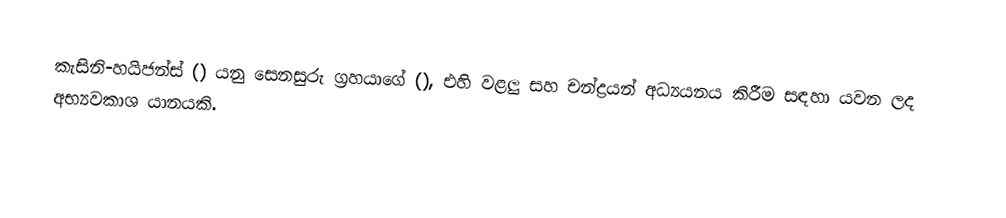
කැසිනි-හයිජන්ස් () යනු සෙනසුරු ග්‍රහයාගේ (), එහි වළලු සහ චන්ද්‍රයන් අධ්‍යයනය කිරීම සඳහා යවන ලද අභ්‍යවකාශ යානයකි.